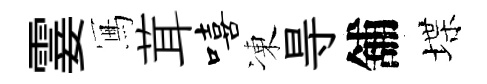
霎冩茸嘻凍㝵舖堞